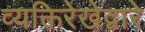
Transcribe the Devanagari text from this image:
व्यक्तिरेखेद्वारे